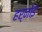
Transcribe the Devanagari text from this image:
हर्नोई